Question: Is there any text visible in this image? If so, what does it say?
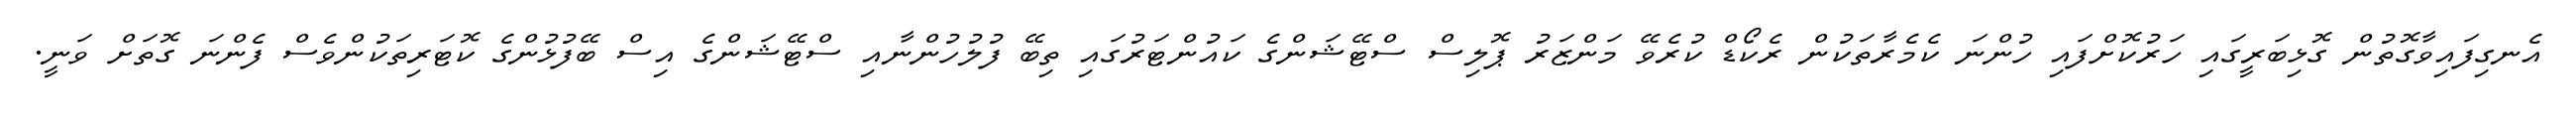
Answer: އެނގިފައިވާގޮތުން ގޮޅިބަރީގައި ހަރުކޮށްފައި ހުންނަ ކެމެރާތަކުން ރެކޯޑް ކުރެވޭ މަންޒަރު ޕޮލިސް ސްޓޭޝަންގެ ކައުންޓަރުގައި ތިބޭ ފުލުހުންނާއި ސްޓޭޝަންގެ އިސް ބޭފުޅުންގެ ކޮޓަރިތަކުންވެސް ފެންނަ ގޮތަށް ވަނީ.